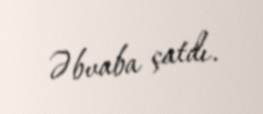
Əbvaba çatdı.